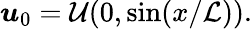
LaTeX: \boldsymbol{u}_{0}=\mathcal{U}(0,\sin(x/\mathcal{L})).